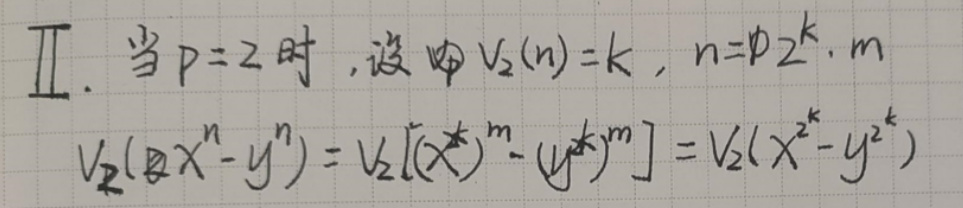
&II. 当\( p = 2 \)时, 设\( V_2(n)=k,n = 2^k\cdot m\)\\
\(&V_2(x^n - y^n)=V_2[(x^{2^k})^m-(y^{2^k})^m]=V_2(x^{2^k}-y^{2^k})\)